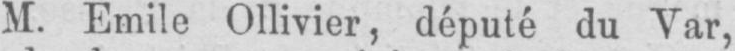
M. Emile Ollivier, député du Var,